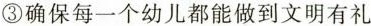
③确保每一个幼儿都能做到文明有礼